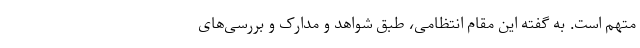
متهم است. به گفته این مقام انتظامی، طبق شواهد و مدارک و بررسی‌های